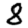
Digit: 8